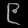
Digit: ၉